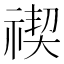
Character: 禊